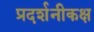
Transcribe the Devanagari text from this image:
प्रदर्शनीकक्ष